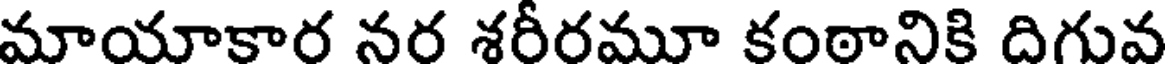
మాయాకార నర శరీరమూ కంఠానికి దిగువ